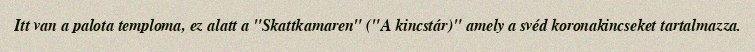
Itt van a palota temploma, ez alatt a "Skattkamaren" ("A kincstár)" amely a svéd koronakincseket tartalmazza.